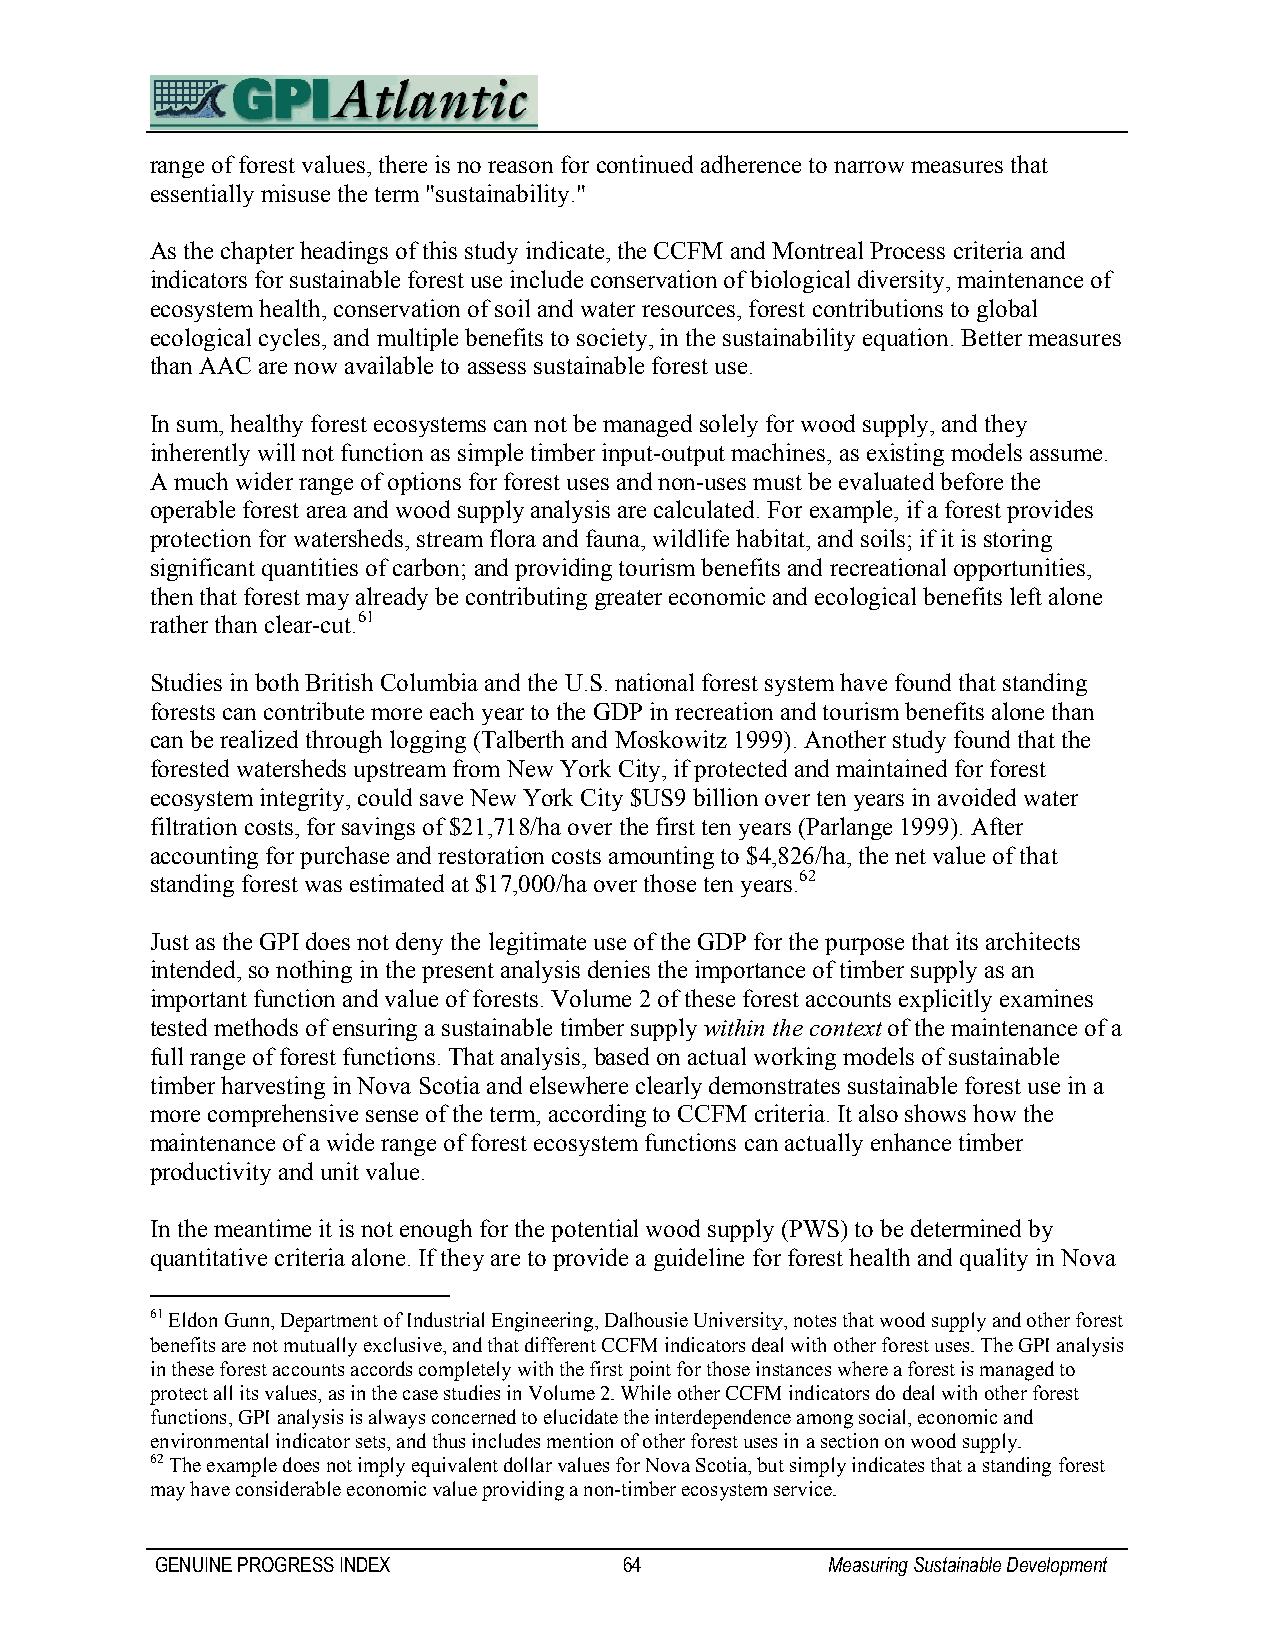
range of forest values, there is no reason for continued adherence to narrow measures that
 essentially misuse the term "sustainability."
 As the chapter headings of this study indicate, the CCFM and Montreal Process criteria and
 indicators for sustainable forest use include conservation of biological diversity, maintenance of
 ecosystem health, conservation of soil and water resources, forest contributions to global
 ecological cycles, and multiple benefits to society, in the sustainability equation. Better measures
 than AAC are now available to assess sustainable forest use.
 In sum, healthy forest ecosystems can not be managed solely for wood supply, and they
 inherently will not function as simple timber input-output machines, as existing models assume.
 A much wider range of options for forest uses and non-uses must be evaluated before the
 operable forest area and wood supply analysis are calculated. For example, if a forest provides
 protection for watersheds, stream flora and fauna, wildlife habitat, and soils; if it is storing
 significant quantities of carbon; and providing tourism benefits and recreational opportunities,
 then that forest may already be contributing greater economic and ecological benefits left alone
 rather than clear-cut.61
 Studies in both British Columbia and the U.S. national forest system have found that standing
 forests can contribute more each year to the GDP in recreation and tourism benefits alone than
 can be realized through logging (Talberth and Moskowitz 1999). Another study found that the
 forested watersheds upstream from New York City, if protected and maintained for forest
 ecosystem integrity, could save New York City $US9 billion over ten years in avoided water
 filtration costs, for savings of $21,718/ha over the first ten years (Parlange 1999). After
 accounting for purchase and restoration costs amounting to $4,826/ha, the net value of that
 standing forest was estimated at $17,000/ha over those ten years.62
 Just as the GPI does not deny the legitimate use of the GDP for the purpose that its architects
 intended, so nothing in the present analysis denies the importance of timber supply as an
 important function and value of forests. Volume 2 of these forest accounts explicitly examines
 tested methods of ensuring a sustainable timber supply within the context of the maintenance of a
 full range of forest functions. That analysis, based on actual working models of sustainable
 timber harvesting in Nova Scotia and elsewhere clearly demonstrates sustainable forest use in a
 more comprehensive sense of the term, according to CCFM criteria. It also shows how the
 maintenance of a wide range of forest ecosystem functions can actually enhance timber
 productivity and unit value.
 In the meantime it is not enough for the potential wood supply (PWS) to be determined by
 quantitative criteria alone. If they are to provide a guideline for forest health and quality in Nova
 61 Eldon Gunn, Department of Industrial Engineering, Dalhousie University, notes that wood supply and other forest
 benefits are not mutually exclusive, and that different CCFM indicators deal with other forest uses. The GPI analysis
 in these forest accounts accords completely with the first point for those instances where a forest is managed to
 protect all its values, as in the case studies in Volume 2. While other CCFM indicators do deal with other forest
 functions, GPI analysis is always concerned to elucidate the interdependence among social, economic and
 environmental indicator sets, and thus includes mention of other forest uses in a section on wood supply.
 62 The example does not imply equivalent dollar values for Nova Scotia, but simply indicates that a standing forest
 may have considerable economic value providing a non-timber ecosystem service.
 GENUINE PROGRESS INDEX         64            Measuring Sustainable Development